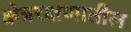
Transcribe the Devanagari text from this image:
क्षेत्ररक्षणातील